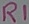
Text: R1